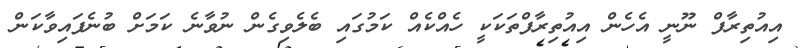
އިއުތިރާފް ނޫނީ އެހެން އިއުތިރާފްތަކަކީ ހެއްކެއް ކަމުގައި ބެލެވިގެން ނުވާނެ ކަމަށް ބުނެފައިވާކަން